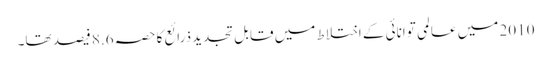
2010 میں عالمی توانائی کے اختلاط میں قابل تجدید ذرائع کا حصہ 8.6 فیصد تھا۔